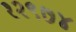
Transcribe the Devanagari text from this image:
१२९७४